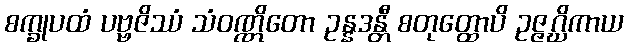
စက္ခုပထံ ပဗ္ဗဇိဿံ သံဝဏ္ဏိတော ဥန္နဒန္တီ စတုတ္ထောပိ ဥဇ္ဇဂ္ဃိကာယ